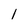
Character: 1